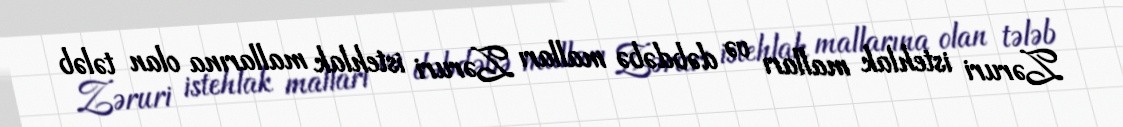
Zəruri istehlak malları və dəbdəbə malları Zəruri istehlak mallarına olan tələb